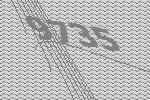
9735